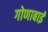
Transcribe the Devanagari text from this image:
गोणाबाई